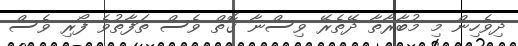
ދިވެހިން މި މުބާރާތާ ދޭތެރޭ ވިސްނާ ގޮތް ވެސް ތަފާތުވެ ފޯރި ވެސް